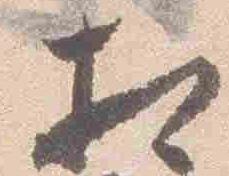
相